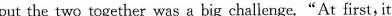
put the two together was a big challenge."At first, it